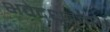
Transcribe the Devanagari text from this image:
भवेद्ध्रुवम्।।